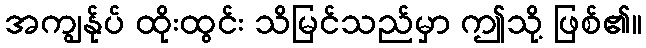
အကျွန်ုပ် ထိုးထွင်း သိမြင်သည်မှာ ဤသို့ ဖြစ်၏။